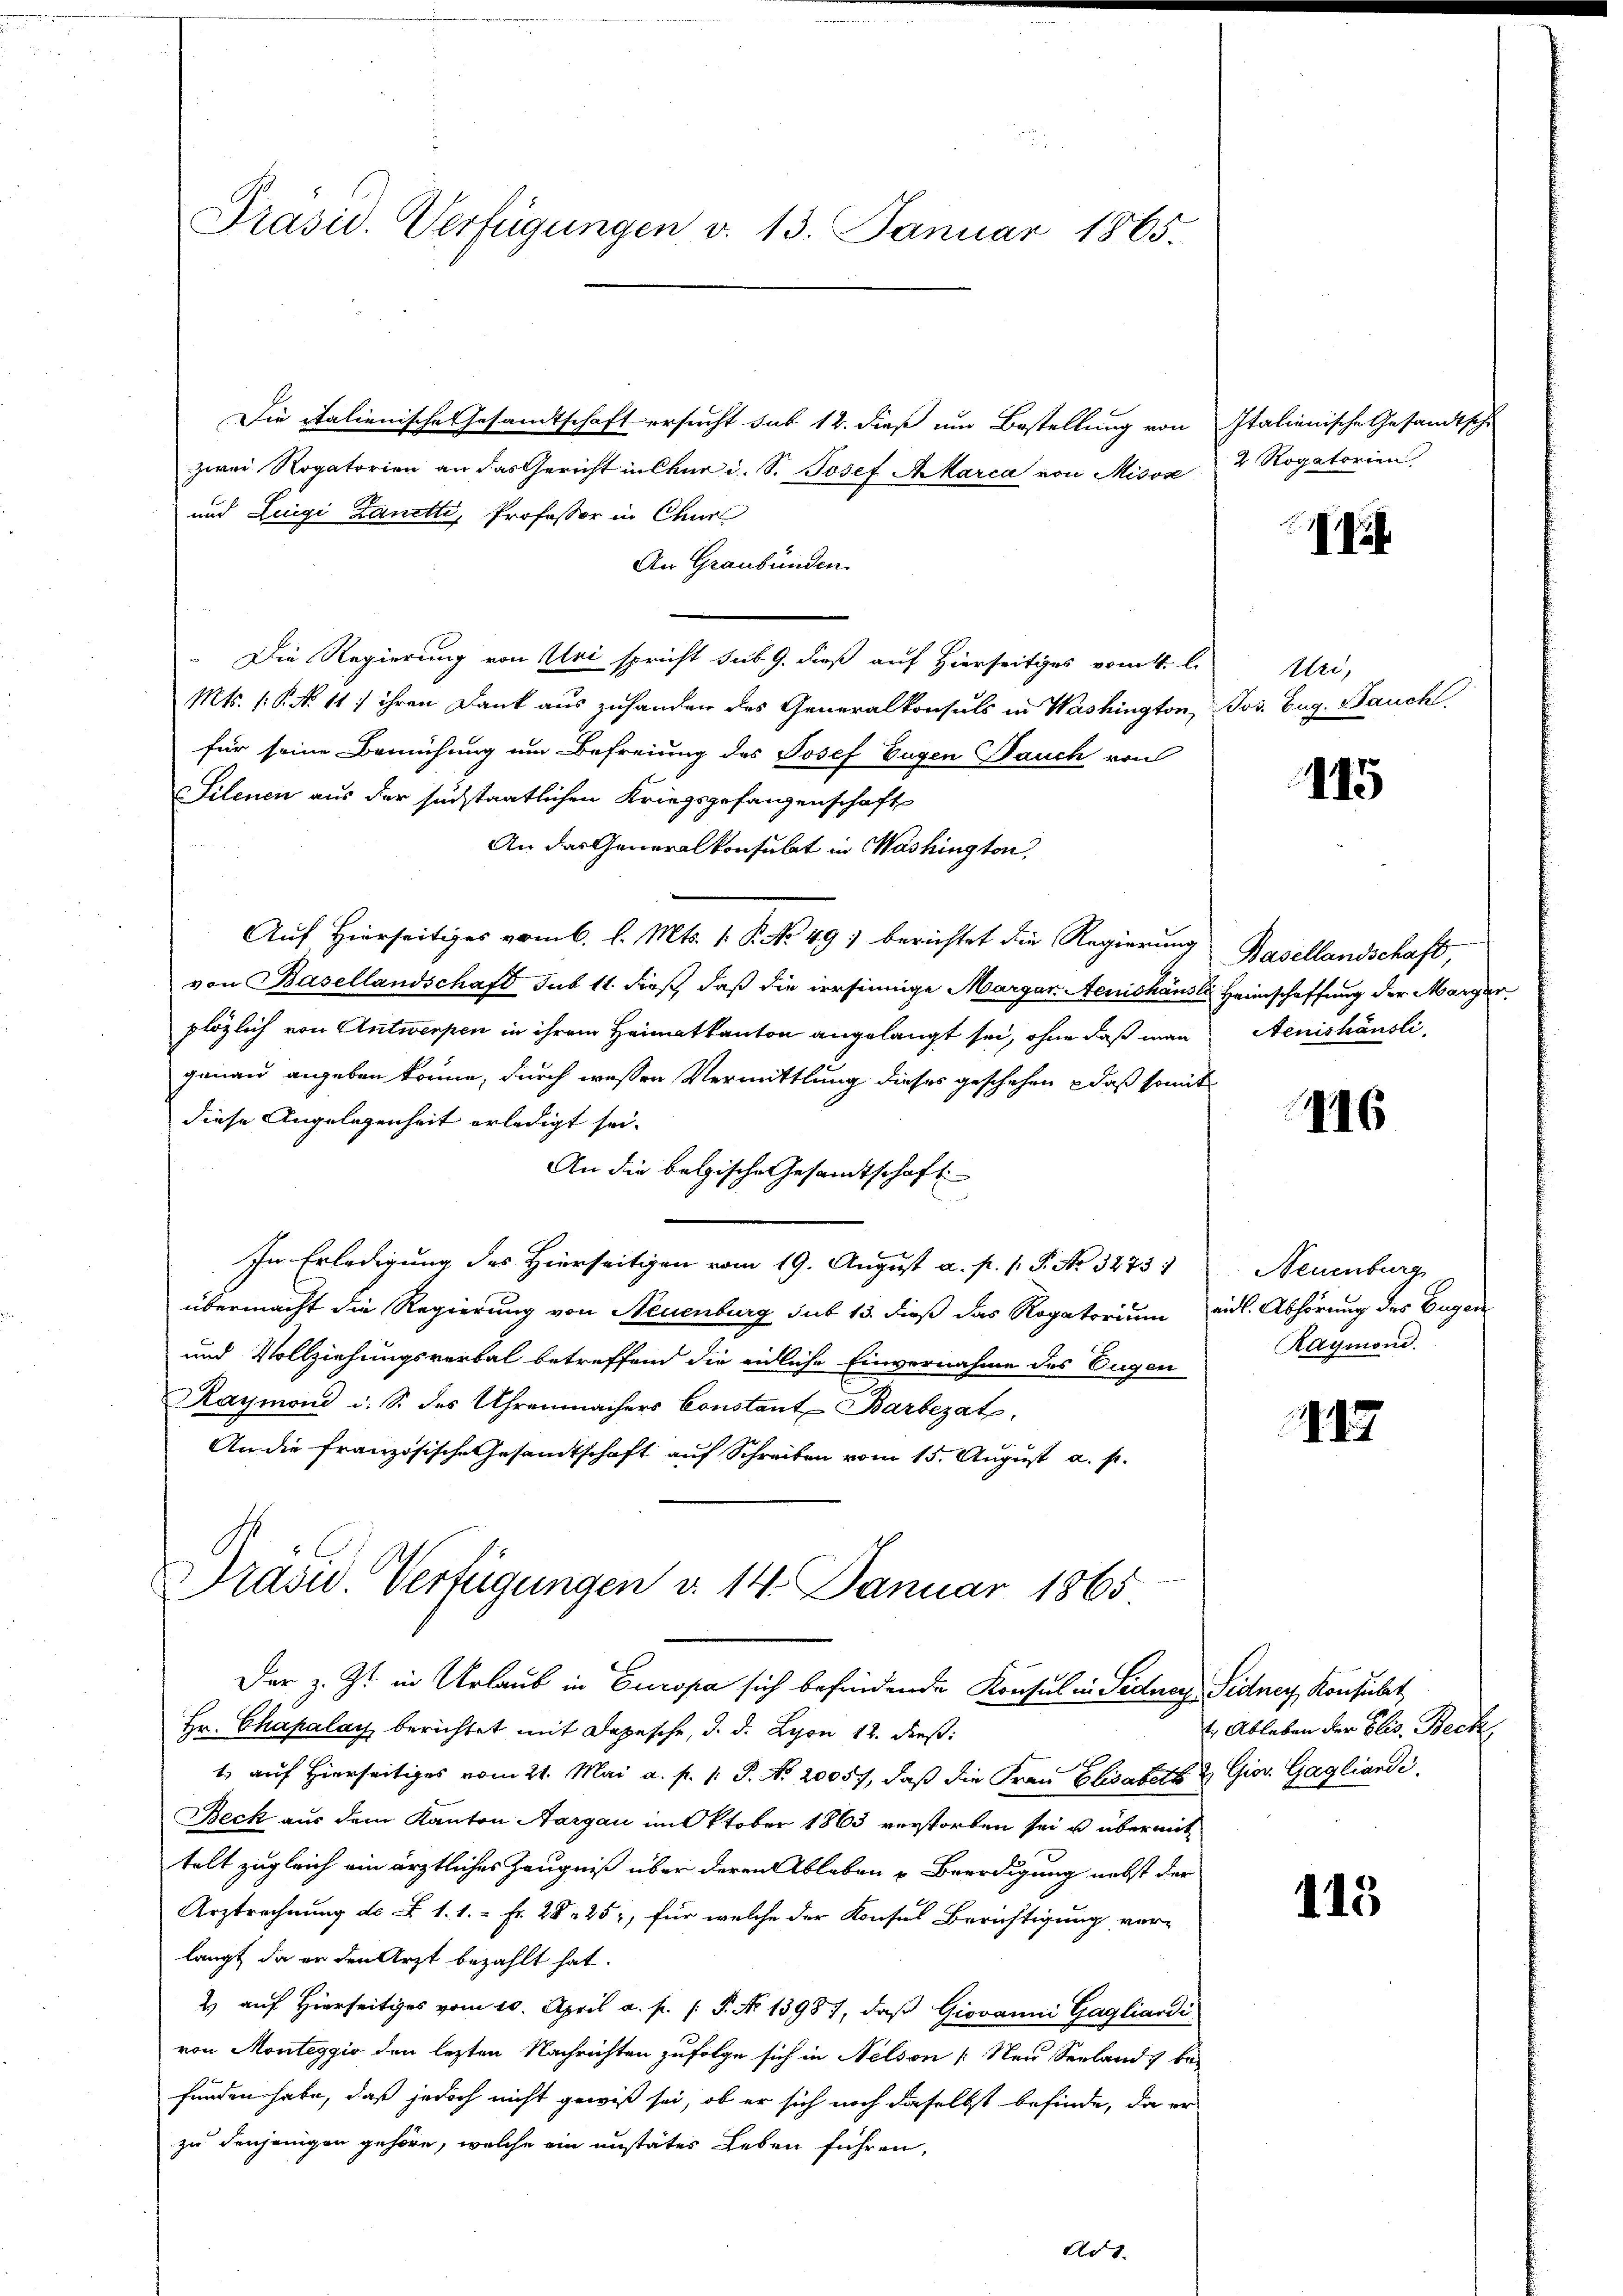
Präsid. Verfügungen v. 13. Januar 1865.

Die italienische Gesandtschaft ersucht sub 12. dieß um Bestellung von Italienische Gesandtsche
zwei Rogatorien an das Gericht in Chur d. S. Josef Aarca von Misóse
und Luigi Zanetti, Professor in Chur
An Graubünden.
. Die Regierung von Uri spricht sub 9. dieß auf Hierseitiges vom 4. l. Uri,
Mts. (: P. No. 11. ihren Dank aus zuhanden des Generalkonsuls in Washington, Jos. Eug. Bauch
für seine Bemühung um Befreiung des Josef Eugen Bauch von
Silenen aus der sechstaatlichen Kriegsgefangenschaft
An das Generalkonsulat in Washington
Auf Hierseitiges vom 6. l. Mts. 1. P. No. 49. berichtet die Regierung Basellandschaft,
von Basellandschaft sub 11. dieß, daß die irrsinnige Margan Aenishäusli Heimschaffung der Margar
plözlich von Antwerpen in ihrem Heimatkanton angelangt sei, ohne daß man Aenishäusli
genau angeben könne, durch wessen Vermittlung dieses geschehen, daß somit
diese Angelegenheit erledigt sei.
An die belgische Gesandtschaft
In Erledigung des Hierseitigen vom 19. August a. p. 1. P. Nr. 3275:
übermacht die Regierung von Neuenburg sub 13. dieß das Rogatorium eidl. Abhörung des Eugen
und Vollziehungsverbal betreffend die eidliche Einvernahme des Eugen
Raymond u. S. des Uhrenmachers Constant Barbezat
An die französische Gesandtschaft auf Schreiben vom 15. August a. p.

Drasu. Verfügungen d. 14. Januar 1865

Der z. Zt. in Urlaub in Europa sich befindende Konsul in Sedner Sidner Konsult
Hr. Chapalay berichtet mit Depesche, d. d. Lyon 12. dieß:
1 auf Hierseitiges vom 21. Mai a. p. 1. P. No. 20057, daß die Frau Elisabeth & Gior. Gagliandi,
Beck aus dem Kanton Aargau im Oktober 1863 verstorben sei u übermittelt zugleich ein ärztliches Zeugniß über deren Ableben Beerdigung nebst der
Arztrechnung d. F. 1. 1.- Fr. 282 25, für welche der Konsul Berichtigung vor-
langt, da er den Arzt bezahlt hat.
2 auf Hierseitiges vom 10. April a. p. /: P. No 1398), daβ Giovanni Gagliardi
von Monteggio den lezten Nachrichten zufolge sich in Nelson (Neu Seeland, be-
funden habe, daß jedoch nicht gewiß sei, ob er sich noch daselbst befinde, da er
zu derjenigen gehöre, welche ein unstates Leben führen,
Ad 1.

2 Rogatorien

if

115

16

Neuenburg
Raymond.

1

t. Ableben der Elis. Beck,

113